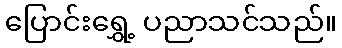
ပြောင်းရွှေ့ ပညာသင်သည်။